Mental hospitals Bombay report 1921-28 - 1921-1928
Year: 1921
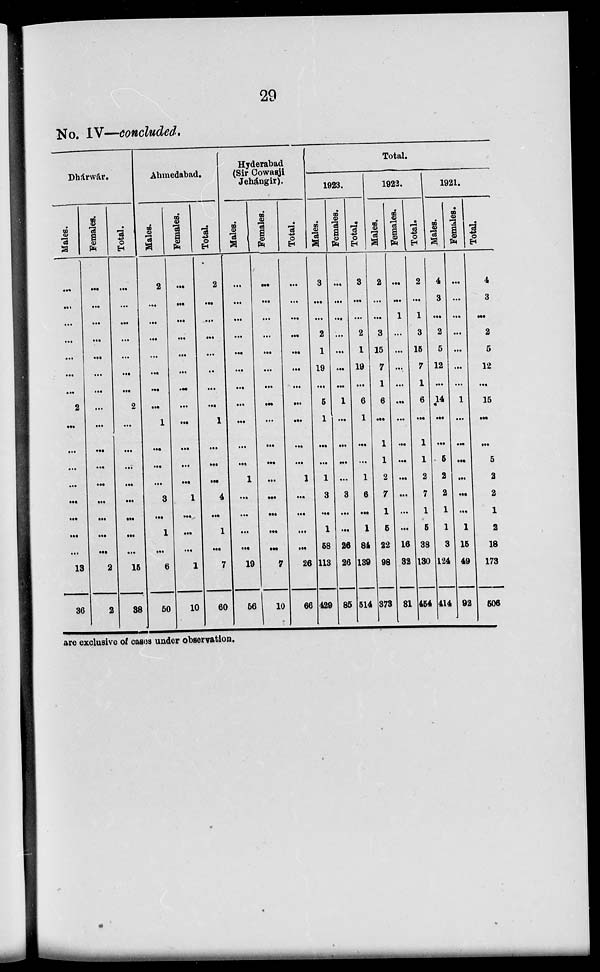
29
No. IV—concluded.
Dhárwár.
Males.
...
...
...
...
...
...
...
2
...
...
...
...
...
...
...
...
13
36
Females.
...
...
...
...
...
...
...
...
...
...
...
...
...
...
...
...
2
2
Total.
...
...
...
...
...
...
...
2
...
...
...
...
...
...
...
...
15
38
Ahmedabad.
Males.
2
...
...
...
...
...
...
...
1
...
...
...
3
...
1
...
6
50
Females.
...
...
...
...
...
...
...
...
...
...
...
...
1
...
...
...
1
10
Total.
2
...
...
...
...
...
...
...
1
...
...
...
4
...
1
...
7
60
Hyderabad
(Sir Cowasji
Jehángir).
Males.
...
...
...
...
...
...
...
...
...
...
...
1
...
...
...
...
19
56
Females.
...
...
...
...
...
...
...
...
...
...
...
...
...
...
...
...
7
10
Total.
...
...
...
...
...
...
...
...
...
...
...
1
...
...
...
...
26
66
Total.
1923.
Males.
3
...
...
2
1
19
...
5
1
...
...
1
3
...
1
58
113
429
Females.
...
...
...
...
...
...
...
1
...
...
...
...
3
...
...
26
26
85
Total.
3
...
...
2
1
19
...
6
1
...
...
1
6
...
1
84
139
514
1922.
Males.
2
...
...
3
15
7
1
6
...
1
1
2
7
1
5
22
98
373
Females.
...
...
1
...
...
...
...
...
...
...
...
...
...
...
...
16
32
81
Total.
2
...
1
3
15
7
1
6
...
1
1
2
7
1
5
38
130
454
1921.
Males.
4
3
...
2
5
12
...
14
...
...
5
2
2
1
1
3
124
414
Females.
...
...
...
...
...
...
...
1
...
...
...
...
...
...
1
15
49
92
Total.
4
3
...
2
5
12
...
15
...
...
5
2
2
1
2
18
173
506
are exclusive of casus under observation.